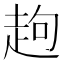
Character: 䞤